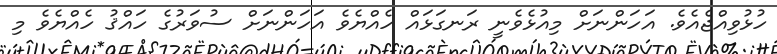
ހުޅުވިއްޖެއެވެ. އަހަންނަށް މިއުޅެވެނީ ރަނގަޅައް ހެއްޔެވެ އަހަންނަށް ސުވަރުގެ ހައްޤު ހެއްޔެވެ މި